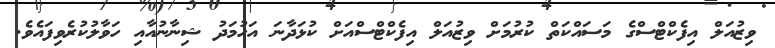
ވިޒުއަލް އިފެކްޓްސްގެ މަސައްކަތް ކުރުމަށް ވިޒުއަލް އިފެކްޓްސްއަށް ކުޅަދާނަ އަހުމަދު ޝިނާނުއާއި ހަވާލުކުރެވިފައެވެ.